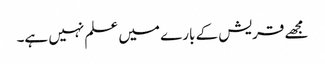
مجھے قریش کے بارے میں علم نہیں ہے۔